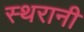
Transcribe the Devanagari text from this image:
स्थरानी